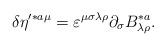
LaTeX: \begin{align*}\delta \eta ^{\prime *a\mu }=\varepsilon ^{\mu \sigma \lambda \rho}\partial _\sigma B_{\lambda \rho }^{*a}.\end{align*}